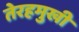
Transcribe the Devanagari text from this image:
तेरहमुखी